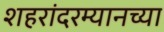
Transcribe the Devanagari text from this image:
शहरांदरम्यानच्या